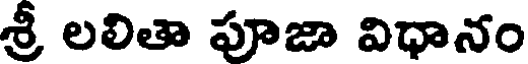
శ్రీ లలితా పూజా విధానం